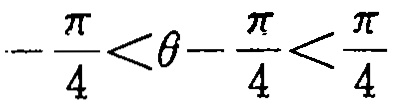
\(-\frac{\pi}{4}<\theta - \frac{\pi}{4}<\frac{\pi}{4}\)